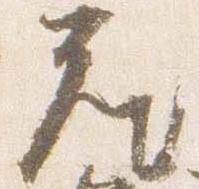
座